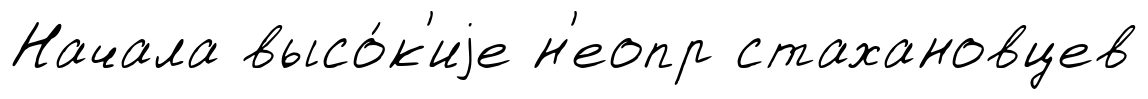
Начала высо́к'иjе н'еопр стахановцев